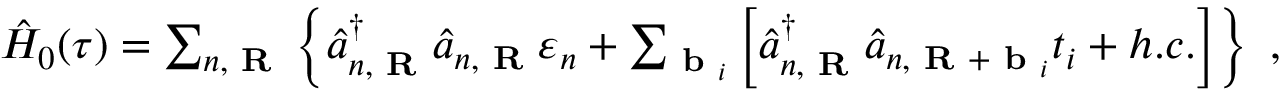
\begin{array} { r } { \hat { H } _ { 0 } ( \tau ) = \sum _ { n , \textbf { R } } \left\{ \hat { a } _ { n , \textbf { R } } ^ { \dagger } \hat { a } _ { n , \textbf { R } } \varepsilon _ { n } + \sum _ { \textbf { b } _ { i } } \left[ \hat { a } _ { n , \textbf { R } } ^ { \dagger } \hat { a } _ { n , \textbf { R } + \textbf { b } _ { i } } t _ { i } + h . c . \right] \right\} ~ , } \end{array}